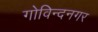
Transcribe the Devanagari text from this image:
गोविन्‍दनगर